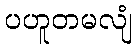
ပဟူတမလျံ